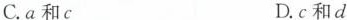
C.a和c D.c和d